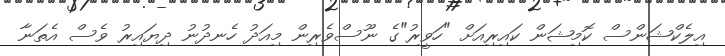
އިލެކްޝަންސް ކޮމިޝަން ކައިރިއަށް "ހަވީރު"ގެ ނޫސްވެރިން މިއަދު ހެނދުނު ދިޔައިރު ވެސް އެތަނާ